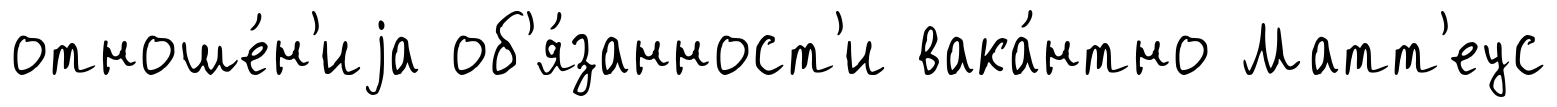
отноше́н'иjа об'я́занност'и вака́нтно Матт'еус